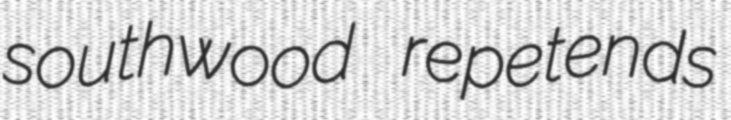
southwood repetends